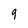
Character: 9